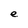
Character: e